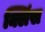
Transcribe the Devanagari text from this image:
क्लिंस